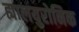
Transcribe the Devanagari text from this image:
ह्यालयुरोनिक